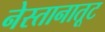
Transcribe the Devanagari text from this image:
नेस्तानातूट